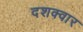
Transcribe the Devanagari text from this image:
दशक्वार